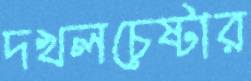
দখলচেষ্টার